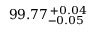
9 9 . 7 7 _ { - 0 . 0 5 } ^ { ~ \! + 0 . 0 4 }